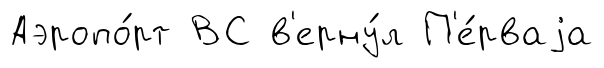
Аэропо́рт ВС в'ерну́л П'е́рваjа